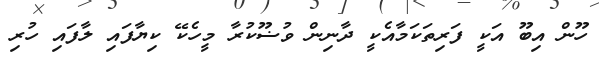
ހޫން އިބޫ އަކީ ފަރިތަކަމާއެކީ ދާނިން ވުޟޫކުރާ މީހެކޭ ކިޔާފައި ލާފައި ހުރި